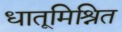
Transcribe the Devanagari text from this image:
धातूमिश्रित